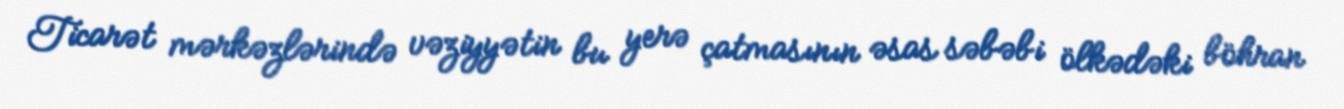
Ticarət mərkəzlərində vəziyyətin bu yerə çatmasının əsas səbəbi ölkədəki böhran